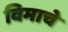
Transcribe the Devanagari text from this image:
विमाचे